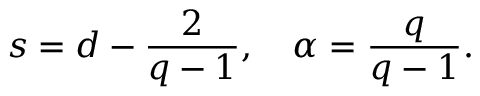
s = d - \frac { 2 } { q - 1 } , \quad \alpha = \frac { q } { q - 1 } .